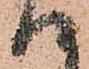
て